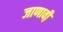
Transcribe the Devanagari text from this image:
जाणावी़